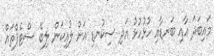
މައިބަދަ އާއި ބަނޑާއި ހުޅުހުޅު އަދި ސިކުނޑި އަށް ލުއިކަން ލިބޭ ސްޓެޕްތައް